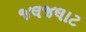
જલજલાટ